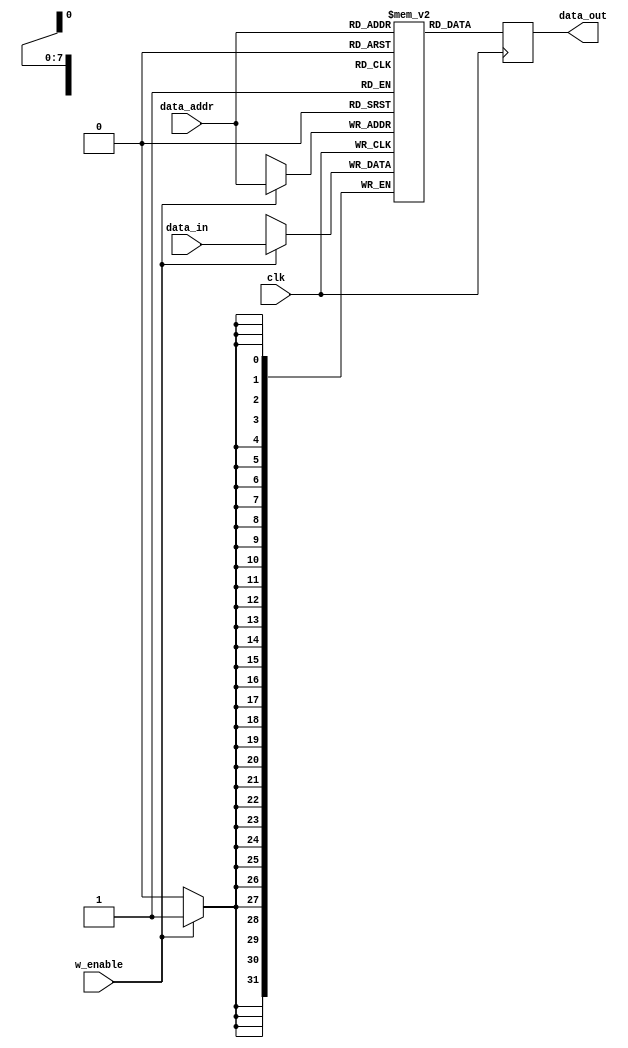
module memory_ram(clk, w_enable, data_addr, data_in, data_out);

   //Inputs & outputs
   input wire clk, w_enable;
   input wire [7:0] data_addr;
   input wire [31:0] data_in;
   output reg [31:0] data_out;
   
   //Register
   reg [31:0] memory [255:0];
   
   //Functional block
   always @(posedge clk)
   begin
      if (w_enable)
         memory[data_addr] <= data_in;
   end
   
   always @(negedge clk)
   begin
      data_out <= memory[data_addr];
   end
endmodule